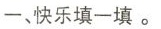
一、快乐填一填。